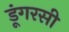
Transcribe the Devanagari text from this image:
डूंगरसी